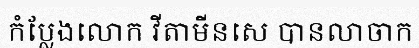
កំប្លែងលោក វីតាមីនសេ បានលាចាក